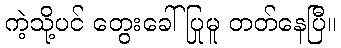
ကဲ့သို့ပင် တွေးခေါ်ပြုမူ တတ်နေပြီ။